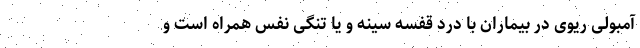
آمبولی ریوی در بیماران با درد قفسه سینه و یا تنگی نفس همراه است و